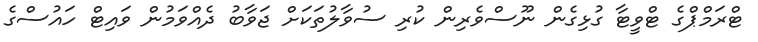
ޓްރަމްޕްގެ ޓްވީޓާ ގުޅިގެން ނޫސްވެރިން ކުރި ސުވާލުތަކަށް ޖަވާބު ދެއްވަމުން ވައިޓް ހައުސްގެ